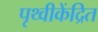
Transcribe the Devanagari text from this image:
पृथ्वीकेंद्रित